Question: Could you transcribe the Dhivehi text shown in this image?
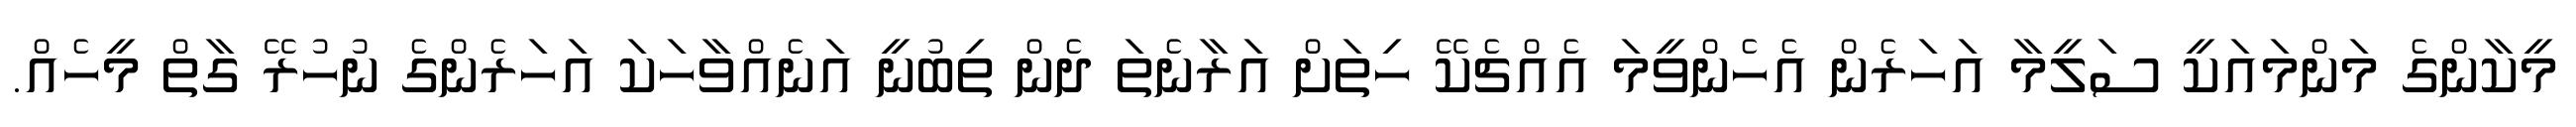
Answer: މީކާންގެ މަންމައަކީ ސަލީމާ އަހަރެން އެހެންވީމަ އެއްޗެކޭ ހިތަށް އަރާނެތަ ދެން ތިބުނީ އަނެއްވާހަކަ އަހަރެންގެ ނުހުރޭ ގާތް މީހެއް.